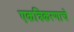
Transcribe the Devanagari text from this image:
एकत्रिकरणाचे